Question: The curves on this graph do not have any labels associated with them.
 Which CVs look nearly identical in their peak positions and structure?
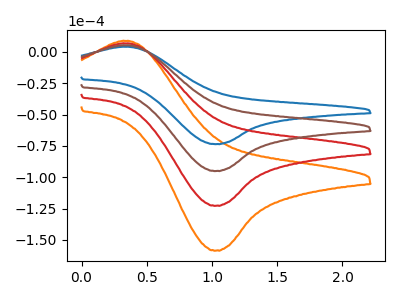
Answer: <think>The orange curve "orange" has an anodic peak at (0.35V, 15.55uA) and a cathodic peak at (1.05V, -285.05uA). The blue curve "blue" has an anodic peak at (0.35V, 4.00uA) and a cathodic peak at (1.05V, -73.60uA). The red curve "red" has an anodic peak at (0.35V, 10.35uA) and a cathodic peak at (1.05V, -190.05uA). The brown curve "brown" has an anodic peak at (0.35V, 5.20uA) and a cathodic peak at (1.05V, -95.00uA).
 All the peaks in "orange" have a peak in "blue" at the same potential. Every peak in "orange" is higher than every peak in "blue". All the peaks in "orange" have a peak in "red" at the same potential. Every peak in "orange" is higher than every peak in "red". All the peaks in "orange" have a peak in "brown" at the same potential. Every peak in "orange" is higher than every peak in "brown". All the peaks in "blue" have a peak in "red" at the same potential. Every peak in "blue" is lower than every peak in "red". All the peaks in "blue" have a peak in "brown" at the same potential. Every peak in "blue" is lower than every peak in "brown". All the peaks in "red" have a peak in "brown" at the same potential. Every peak in "red" is higher than every peak in "brown".</think>
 <answer>"blue", "orange", "red" and "brown" have the same shape and are likely CV's of the same chemical.</answer>
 <eval>"blue" "orange" "red" "brown"</eval>